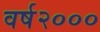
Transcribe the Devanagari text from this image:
वर्ष२०००